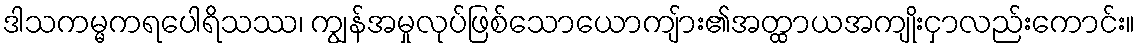
ဒါသကမ္မကရပေါရိသဿ၊ ကျွန်အမှုလုပ်ဖြစ်သောယောကျ်ား၏အတ္ထာယအကျိုးငှာလည်းကောင်း။